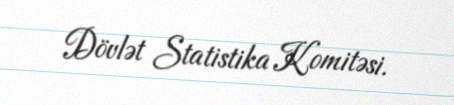
Dövlət Statistika Komitəsi.